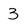
Character: 3